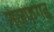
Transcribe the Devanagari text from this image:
नज़फगढ